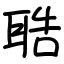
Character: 聕